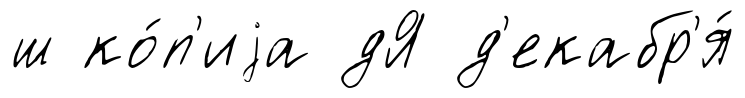
ш ко́п'иjа дЯ д'екабр'я́